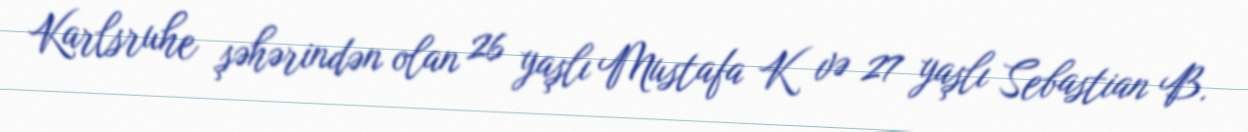
Karlsruhe şəhərindən olan 26 yaşlı Mustafa K və 27 yaşlı Sebastian B.